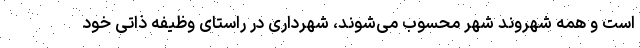
است و همه شهروند شهر محسوب می‌شوند، شهرداری در راستای وظیفه ذاتی خود